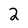
Character: 2